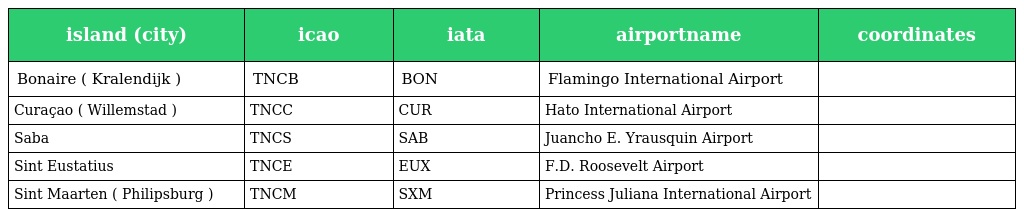
| island (city) | icao | iata | airportname | coordinates |
 | --- | --- | --- | --- | --- |
 | Bonaire ( Kralendijk ) | TNCB | BON | Flamingo International Airport |  |
 | Curaçao ( Willemstad ) | TNCC | CUR | Hato International Airport |  |
 | Saba | TNCS | SAB | Juancho E. Yrausquin Airport |  |
 | Sint Eustatius | TNCE | EUX | F.D. Roosevelt Airport |  |
 | Sint Maarten ( Philipsburg ) | TNCM | SXM | Princess Juliana International Airport |  |